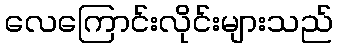
လေကြောင်းလိုင်းများသည်